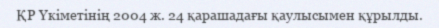
ҚР Үкіметінің 2004 ж. 24 қарашадағы қаулысымен құрылды.